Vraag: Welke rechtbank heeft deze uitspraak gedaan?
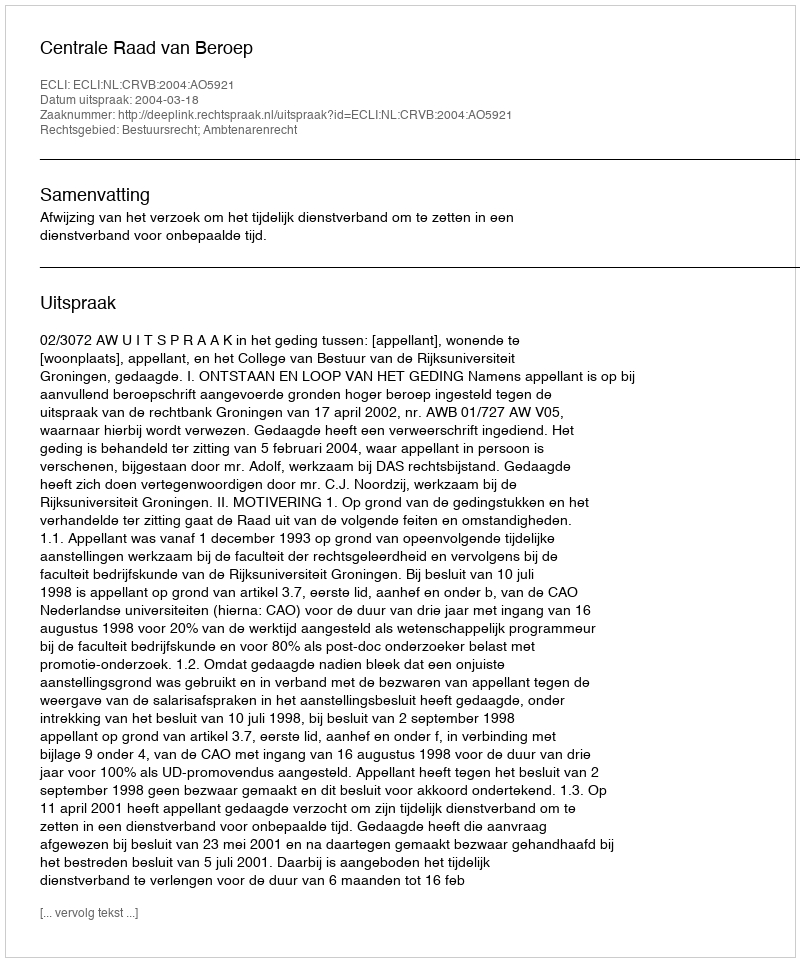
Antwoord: Centrale Raad van Beroep